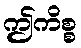
ဤကိစ္စ